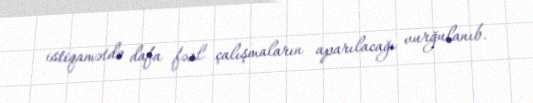
istiqamətdə dafa fəal çalışmaların aparılacağı vurğulanıb.